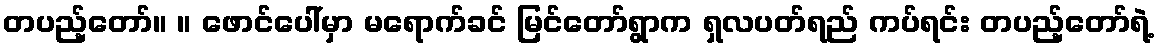
တပည့်တော်။ ။ ဖောင်ပေါ်မှာ မရောက်ခင် မြင်တော်ရွာက ရှလပတ်ရည် ကပ်ရင်း တပည့်တော်ရဲ့